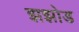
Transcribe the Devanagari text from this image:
झझोड